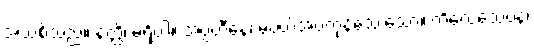
အသစ်သည်။ နတ္ထိ၊ မရှိပါ။ အပ္ပဟီနေ၊ မပယ်အပ်ကုန်သေးသော။ ကိလေသေပန၊